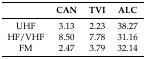
|  | CAN | TVI | ALC |
 | --- | --- | --- | --- |
 | UHF | 3.13 | 2.23 | 38.27 |
 | HF/VHF | 8.50 | 7.78 | 31.16 |
 | FM | 2.47 | 3.79 | 32.14 |